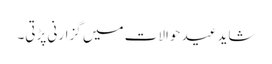
شاید عید حوالات میں گزارنی پڑتی۔